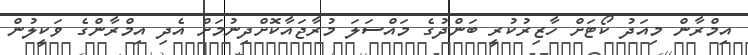
އިމްރާން މިއަދު ކޯޓަށް ހާޒިރުކުރީ ބަންދުގެ މައްސަލަ މުރާޖައާކޮށްދިނުމަށް އެދި އިމްރާންގެ ވަކީލުން